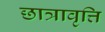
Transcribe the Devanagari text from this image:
छात्रावृत्ति